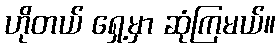
ဟိုတယ် ရှေ့မှာ ဆုံကြမယ်။